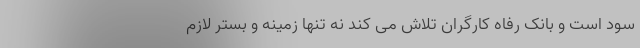
سود است و بانک رفاه کارگران تلاش می کند نه تنها زمینه و بستر لازم